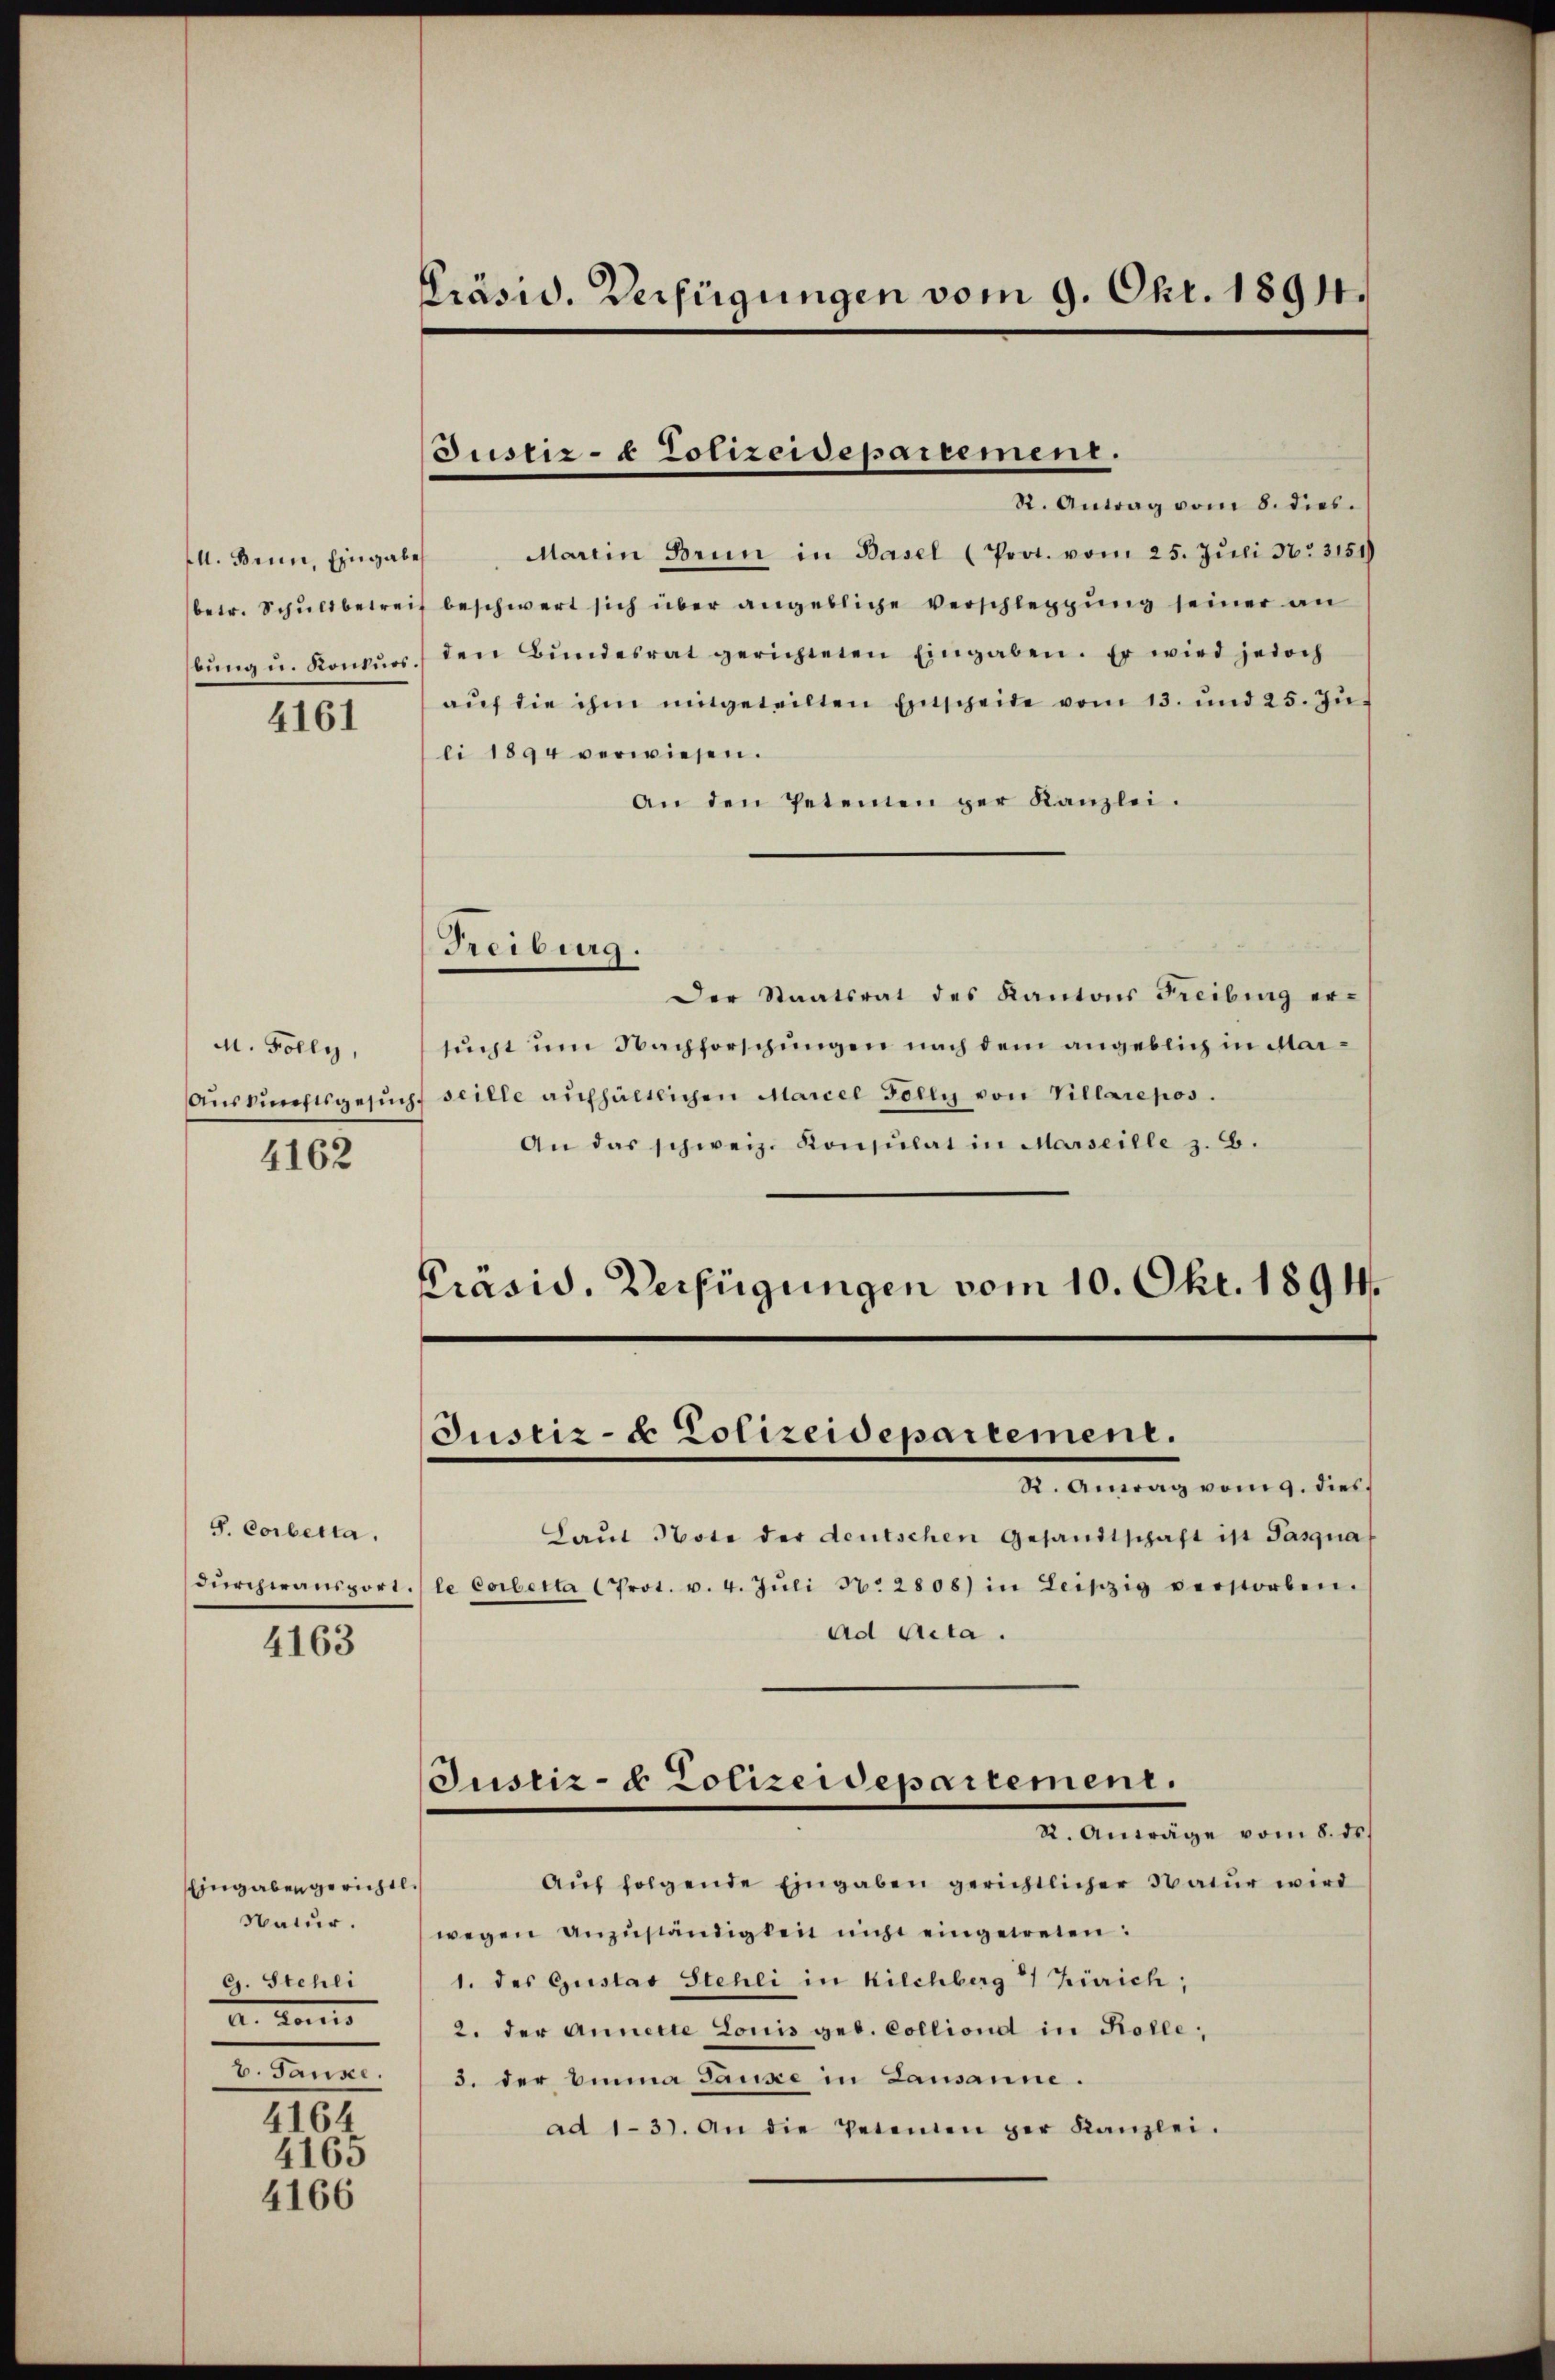
l. Benn, Eingabe

4161

M. Folly,
Aussichtsgesu¬
4162

S. Corbetta.
durchwansport.

4163

Eingaben gerichtl
Natur.
G. Stehli
Aar
b. Fennen.
4164

4165
4166

Präsid. Verfügungen vom 9. Okt. 1894.

Marein Brun in Basel (Prot. vom 25. Jŭli 30. 3151)
betr. Schŭldbetreif beschwert sich über angebliche Verschleppung seiner an
bŭng u. Konkŭrs) den Bŭndesrat gerichteten Eingaben. Er wird jedoch
aŭf die ihm mitgeteilten Entscheide vom 13. und 25. Jŭ
li 1894 verwiesen.
An den Petenten der Kanzlei.
Freiburg.
Der Staatsrat des Kantons Freiburg er-
sucht um Nachforschungen nach dem angeblich in Marf seille aufhältlichen Marcel Tolly von Villarepos.
An das schweiz. Konsulat in Marseille z. B.
Präsid. Verfügungen vom 10. Okt. 1894.

Justiz- & Polizeidepartement.
R. Antrag vom 8. dies.

Justiz- & Polizeidepartement.
R. Antag vom 9. dies

Justiz- & Polizeidepartement.
2. Antrage vom 23.

Laŭt Note der deutschen Gesandtschaft ist Pasqua
le Corbetta (Prot. v. 4. Jŭli N. 2808) in Leiszig verstorben.
ad Acta.
Aŭf folgende Eingaben gerichtlicher Natur wird
wegen anzŭständigten nicht eingewesen:
1. des Gustav Stehli in Kilchberg 21 Zürich;
2. der Annerte Louis geb. Colliond in Kolle;
5. der Einna Sause in Lausanne.
ad 1-3). An die Petenten per Kanzlei.